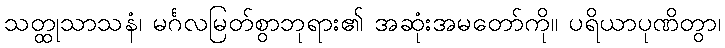
သတ္ထုသာသနံ၊ မင်္ဂလမြတ်စွာဘုရား၏ အဆုံးအမတော်ကို။ ပရိယာပုဏိတွာ၊